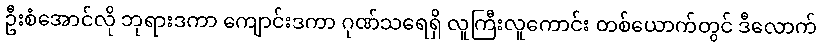
ဦးစံအောင်လို ဘုရားဒကာ ကျောင်းဒကာ ဂုဏ်သရေရှိ လူကြီးလူကောင်း တစ်ယောက်တွင် ဒီလောက်